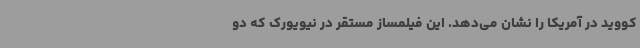
کووید در آمریکا را نشان می‌دهد. این فیلمساز مستقر در نیویورک که دو